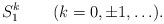
LaTeX: \begin{align*}S^k_1\qquad(k=0,\pm 1,\ldots).\end{align*}